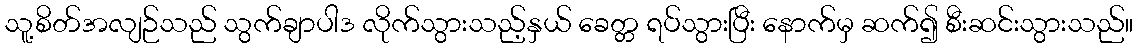
သူ့စိတ်အလျဉ်သည် သွက်ချာပါဒ လိုက်သွားသည့်နှယ် ခေတ္တ ရပ်သွားပြီး နောက်မှ ဆက်၍ စီးဆင်းသွားသည်။